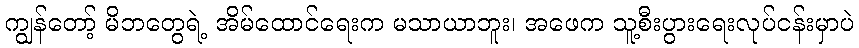
ကျွန်တော့် မိဘတွေရဲ့ အိမ်ထောင်ရေးက မသာယာဘူး၊ အဖေက သူ့စီးပွားရေးလုပ်ငန်းမှာပဲ